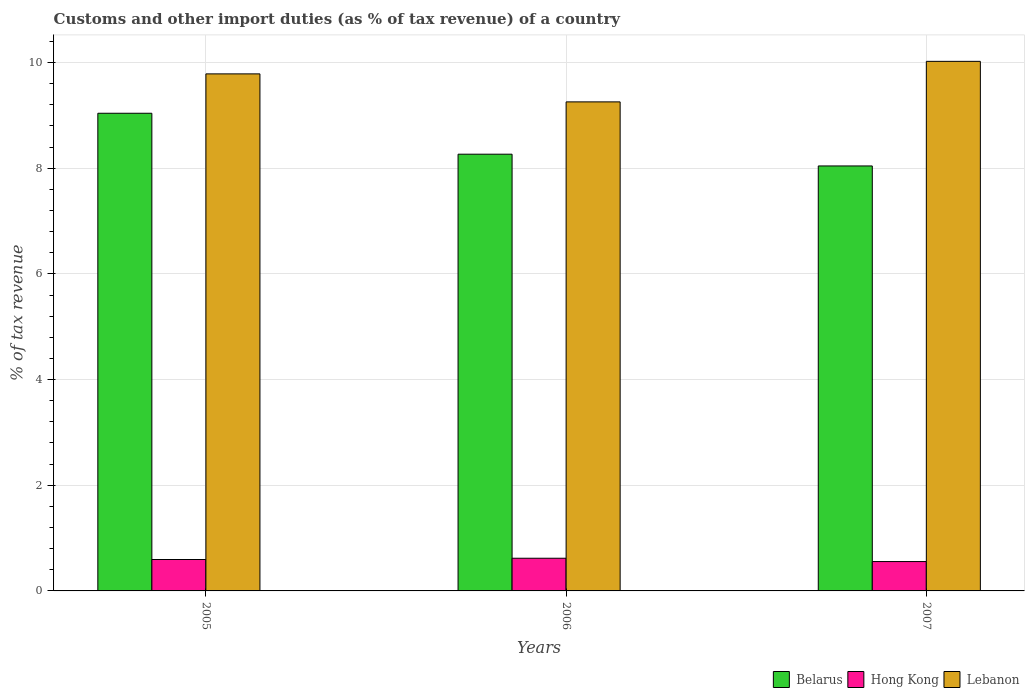
| Years | Belarus | Hong Kong | Lebanon |
 | --- | --- | --- | --- |
 | 2005 | 9.04 | 0.595 | 9.78 |
 | 2006 | 8.26 | 0.619 | 9.25 |
 | 2007 | 8.04 | 0.556 | 10 |